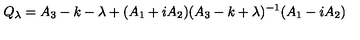
Q _ { \lambda } = A _ { 3 } - k - \lambda + ( A _ { 1 } + i A _ { 2 } ) ( A _ { 3 } - k + \lambda ) ^ { - 1 } ( A _ { 1 } - i A _ { 2 } )